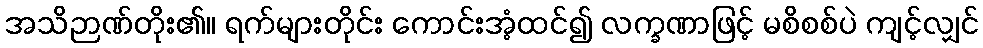
အသိဉာဏ်တိုး၏။ ရက်များတိုင်း ကောင်းအံ့ထင်၍ လက္ခဏာဖြင့် မစိစစ်ပဲ ကျင့်လျှင်